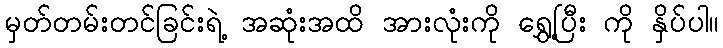
မှတ်တမ်းတင်ခြင်းရဲ့ အဆုံးအထိ အားလုံးကို ရွှေ့ပြီး ကို နှိပ်ပါ။